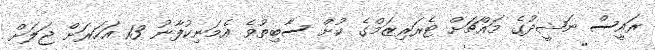
ރައީސް ނަޝީދުގެ މައްޗަށް ޓެރަރިޒަމްގެ ކުށް ސާބިތުވެ އެމަނިކުފާނު 13 އަހަރަށް ޖަލަށް